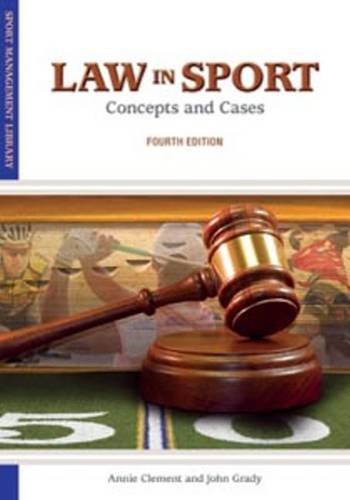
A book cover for Law in Sport: Concepts and Cases (Sports Management Library); Annie Clement; Law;